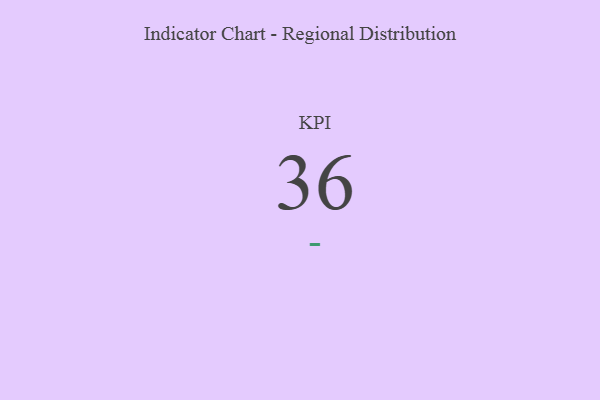
{"axis": {"x": "KPI", "y": "Value"}, "legend": [""], "data": [{"x": "KPI", "y": 36, "type": ""}]}